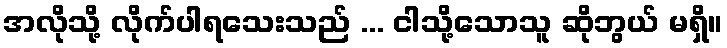
အလိုသို့ လိုက်ပါရသေးသည် ... ငါသို့သောသူ ဆိုဘွယ် မရှိ။